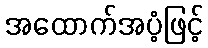
အထောက်အပံ့ဖြင့်